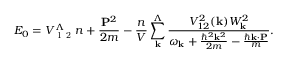
\ensuremath { E _ { 0 } = V _ { \mathrm { ~ 1 ~ 2 ~ } } ^ { \Lambda } n + \frac { \mathbf { P } ^ { 2 } } { 2 m } - \frac { n } { V } \sum _ { \mathbf { k } } ^ { \Lambda } \frac { V _ { 1 2 } ^ { 2 } ( \mathbf { k } ) W _ { \mathbf { k } } ^ { 2 } } { \omega _ { \mathbf { k } } + \frac { \hbar ^ { 2 } \mathbf { k } ^ { 2 } } { 2 m } - \frac { \hbar \mathbf { k } \cdot \mathbf { P } } { m } } } .